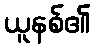
ယူနစ်၏